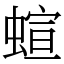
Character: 蝖